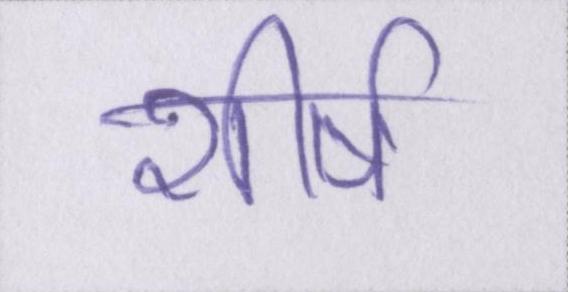
शीर्ष